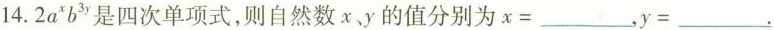
14.2a^{x} ,b^{3y} ,是四次单项式，则自然数x，y的值分别为x=___，y=___.